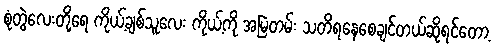
စုံတွဲလေးတို့ရေ ကိုယ့်ချစ်သူလေး ကိုယ့်ကို အမြဲတမ်း သတိရနေစေချင်တယ်ဆိုရင်တော့